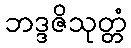
ဘဒ္ဒဇိသုတ္တံ